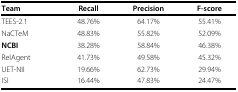
<table><thead><tr><td><b>Team</b></td><td><b>Recall</b></td><td><b>Precision</b></td><td><b>F-score</b></td></tr></thead><tbody><tr><td>TEES-2.1</td><td>48.76%</td><td>64.17%</td><td>55.41%</td></tr><tr><td>NaCTeM</td><td>48.83%</td><td>55.82%</td><td>52.09%</td></tr><tr><td><b>NCBI</b></td><td>38.28%</td><td>58.84%</td><td>46.38%</td></tr><tr><td>RelAgent</td><td>41.73%</td><td>49.58%</td><td>45.32%</td></tr><tr><td>UET-NII</td><td>19.66%</td><td>62.73%</td><td>29.94%</td></tr><tr><td>ISI</td><td>16.44%</td><td>47.83%</td><td>24.47%</td></tr></tbody></table>